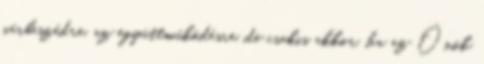
párbeszédre, az együttműködésre, de csakis akkor, ha az Önök